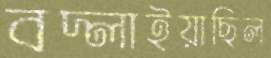
বদ্‌লাইয়াছিল